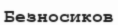
Безносиков